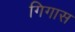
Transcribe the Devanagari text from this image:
गिगास